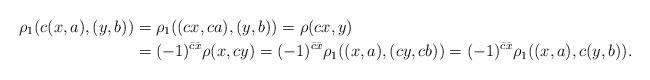
LaTeX: \begin{align*} \rho_1(c(x,a),(y,b))&=\rho_1((cx,ca),(y,b))=\rho(cx,y)\\&=(-1)^{\bar c\bar x}\rho(x,cy)=(-1)^{\bar c\bar x}\rho_1((x,a), (cy,cb))=(-1)^{\bar c\bar x}\rho_1((x,a), c(y,b)).\end{align*}